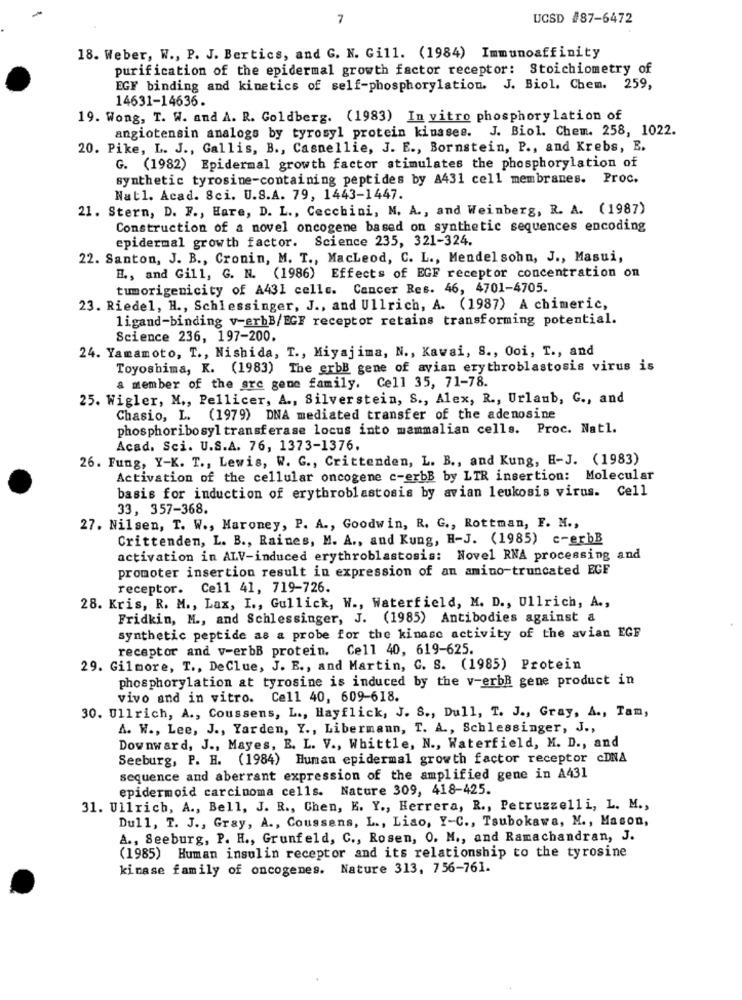
7
UCSD #87-6472
18. Weber, W ., P. J. Bertics, and G. N. Gill. (1984) Immunoaffinity
purification of the epidermal growth factor receptor: Stoichiometry of
EGY binding and kinetics of self-phosphorylation. J. Biol. Chem. 259,
14631-14636.
19. Wong, T. W. and A. R. Goldberg. (1983) In vitro phosphorylation of
angiotensin analogs by tyrosyl protein kinases. J. Biol. Chem. 258, 1022.
20. Pike, L. J ., Gallis, B ., Casnellie, J. E ., Bornstein, P ., and Krebs, E.
G. (1982) Epidermal growth factor stimulates the phosphorylation of
synthetic tyrosine-containing peptides by A431 cell membranes. Proc.
Natl. Acad. Sci. U.S.A. 79, 1443-1447.
21. Stern, D. F ., Hare, D. L ., Cecchini, M. A ., and Weinberg, R. A. (1987)
Construction of a novel oncogene based on synthetic sequences encoding
epidermal growth factor. Science 235, 321-324.
22. Santon, J. B ., Cronin, M. T ., Macleod, C. L ., Mendel sohn, J ., Masui,
E ., and Gill, G. N. (1986) Effects of EGF receptor concentration on
tumorigenicity of A431 celle. Cancer Res. 46, 4701-4705.
23. Riedel, H ., Schlessinger, J ., and Ullrich, A. (1987) A chimeric,
ligand-binding v-erbB/EGF receptor retains transforming potential.
Science 236, 197-200.
24. Yamamoto, T ., Nishida, T ., Miyajima, N ., Kawai, S ., Ooi, T ., and
Toyoshima, K. (1983) The erbB gene of avian erythroblastosis virus is
a member of the are gene family. Cell 35, 71-78.
25. Wigler, M ., Pellicer, A ., Silverstein, S ., Alex, R ., Urlaub, G ., and
Chasio, L. (1979) DNA mediated transfer of the adenosine
phosphoribosyl transferase locus into mammalian cells. Proc. Nat1.
Acad. Sci. U.S.A. 76, 1373-1376.
26. Fung, Y-K. T ., Lewis, W. G ., Crittenden, L. B ., and Kung, H-J. (1983)
Activation of the cellular oncogene c-erbB by LIR insertion: Molecular
basis for induction of erythroblastosis by avian leukosis virus. Cell
33, 357-368.
27. Nilsen, T. W ., Maroney, P. A ., Goodwin, R. G ., Rottman, F. M .,
Crittenden, L. B ., Raines, M. A ., and Kung, H-J. (1985) c-erbB
activation in ALV-induced erythroblastosis: Novel RNA processing and
promoter insertion result in expression of an amino truncated ECE
receptor. Cell 41, 719-726.
28. Kris, R. M ., Lax, I ., Gullick, W ., Waterfield, M. D ., Ullrich, A .,
Fridkin, M ., and Schlessinger, J. (1985) Antibodies against a
synthetic peptide as a probe for the kinase activity of the avian EGF
receptor and v-erbB protein. Cell 40, 619-625.
29. Gilmore, T ., DeClue, J. E ., and Martin, C. S. (1985) Protein
phosphorylation at tyrosine is induced by the v-erbB gene product in
vivo and in vitro. Cell 40, 609-618.
30. Ullrich, A ., Coussens, L ., Hayflick, J. S ., Dull, T. J ., Gray, A ., Tam,
A. W ., Lee, J ., Yarden, Y ., Libermann, T. A ., Schlessinger, J .,
Downward, J ., Mayes, E. L. V ., Whittle, N ., Waterfield, M. D ., and
Seeburg, P. H. (1984) Human epidermal growth factor receptor cDNA
sequence and aberrant expression of the amplified gene in A431
epidermoid carcinoma cells. Nature 309, 418-425.
31. Ullrich, A ., Bell, J. R ., Chen, E. Y ., Herrera, R ., Petruzzelli, L. M .,
Dull, T. J ., Gray, A ., Coussens, L ., Liao, Y-C ., Tsubokawa, M ., Mason,
A ., Seeburg, P. H ., Grunfeld, C ., Rosen, O. M ., and Ramachandran, J.
(1985)
Human insulin receptor and its relationship to the tyrosine
kinase family of oncogenes. Nature 313, 756-761.